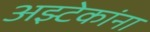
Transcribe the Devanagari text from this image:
अझ्टेकांना